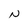
Character: N